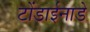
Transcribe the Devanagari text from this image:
टोंडाईनाडे